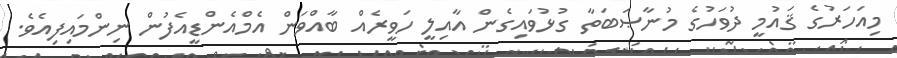
މިއަހަރުގެ ޤައުމީ ދުވަހުގެ މުނާޞަބަތާ ގުޅުވައިގެން އާއިލީ ހަވީރެއް ބާއްވަން އެމްއެންޑީއެފުން ނިންމައިފިއެވެ.